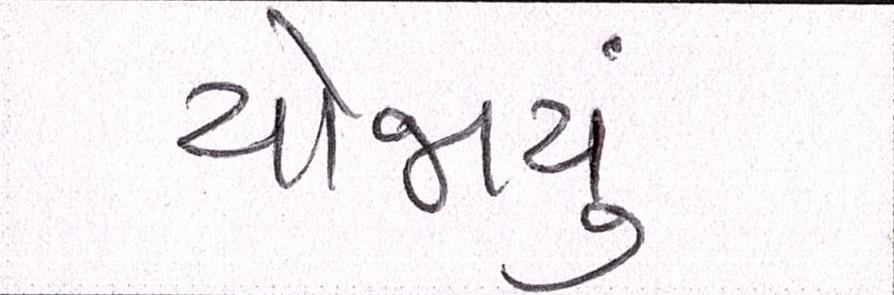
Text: યોજાયું